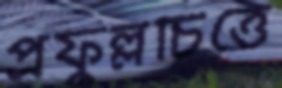
প্রফুল্লচিত্তে